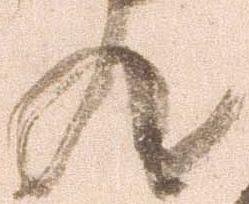
ん